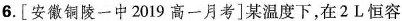
6.[安徽铜陵一中2019高一月考]某温度下，在2L恒容